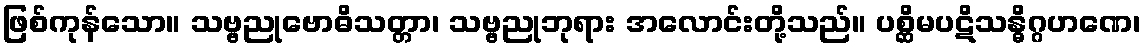
ဖြစ်ကုန်သော။ သဗ္ဗညုဗောဓိသတ္တာ၊ သဗ္ဗညုဘုရား အလောင်းတို့သည်။ ပစ္ဆိမပဋိသန္ဓိဂ္ဂဟဏေ၊